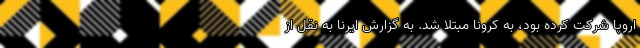
اروپا شرکت کرده بود، به کرونا مبتلا شد. به گزارش ایرنا به نقل از